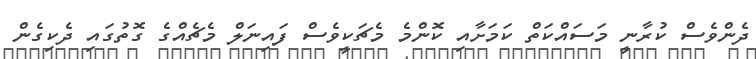
ދެންވެސް ކުރާނީ މަސައްކަތް ކަމަށާއި ކޮންމެ މެޗަކީވެސް ފައިނަލް މެޗެއްގެ ގޮތުގައި ދެކިގެން